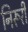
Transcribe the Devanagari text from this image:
निरूरी